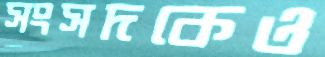
সংসদকেও